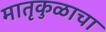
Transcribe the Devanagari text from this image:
मातृकुळाचा